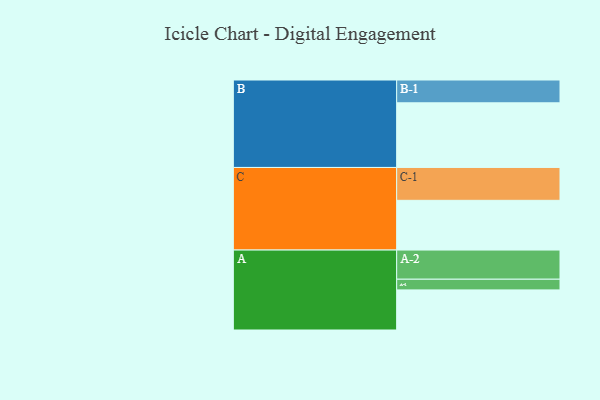
{"axis": {"x": "Segment", "y": "Value"}, "legend": ["", "A", "B", "C"], "data": [{"x": "A", "y": 304, "type": ""}, {"x": "B", "y": 490, "type": ""}, {"x": "C", "y": 377, "type": ""}, {"x": "A-1", "y": 81, "type": "A"}, {"x": "A-2", "y": 221, "type": "A"}, {"x": "B-1", "y": 173, "type": "B"}, {"x": "C-1", "y": 249, "type": "C"}]}